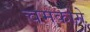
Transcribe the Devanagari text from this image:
चमकोगे